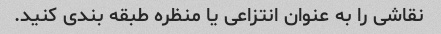
نقاشی را به عنوان انتزاعی یا منظره طبقه بندی کنید.